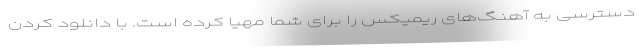
دسترسی به آهنگ‌های ریمیکس را برای شما مهیا کرده است. با دانلود کردن